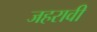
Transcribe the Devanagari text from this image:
जहरावी